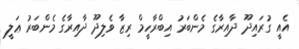
އެއީ ގުރައިދޫ ދާއިރާގެ މެންބަރު އިބްރާހީމް ރިޒާ ވެލިދޫ ދާއިރާގެ މެންބަރު ޢަލީ